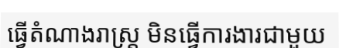
ធ្វើតំណាងរាស្ត្រ មិនធ្វើការងារជាមួយ